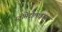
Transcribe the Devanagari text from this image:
स्ट्रोमेटोलाइट्स